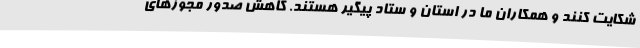
شکایت کنند و همکاران ما در استان و ستاد پیگیر هستند. کاهش صدور مجوزهای